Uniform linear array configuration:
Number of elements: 8
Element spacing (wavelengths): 1
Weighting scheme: uniform
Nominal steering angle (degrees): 15
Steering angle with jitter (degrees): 15.009
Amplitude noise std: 0.05
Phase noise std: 0.05

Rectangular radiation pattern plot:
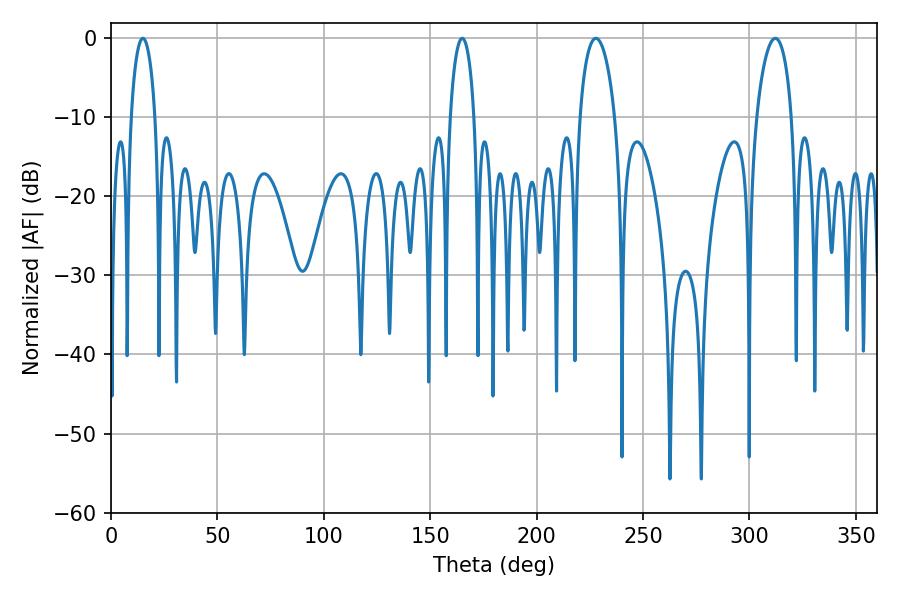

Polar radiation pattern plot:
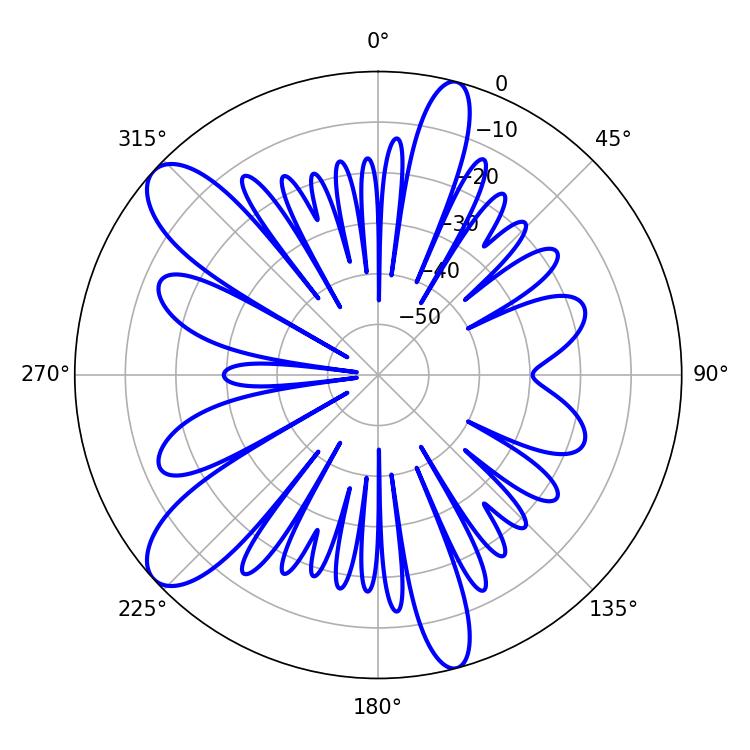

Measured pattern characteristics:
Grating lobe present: TRUE
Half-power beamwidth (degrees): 9.36
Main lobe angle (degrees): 227.88